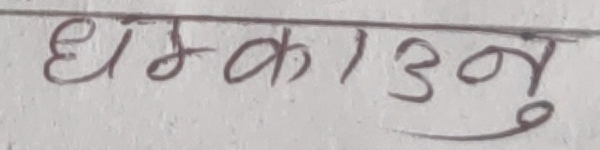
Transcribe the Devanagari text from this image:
धम्काउनु